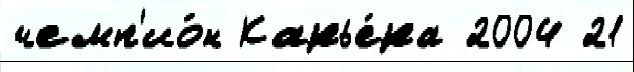
чемп'ио́н Карье́ра 2004 21